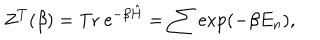
LaTeX: Z ^ { T } ( \beta ) = { \mathrm { T r ~ e } } ^ { - \beta \hat { H } } = \sum \exp ( - \beta E _ { n } ) ,